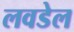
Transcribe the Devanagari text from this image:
लवडेल